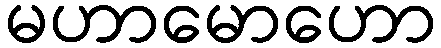
မဟာမောဟော